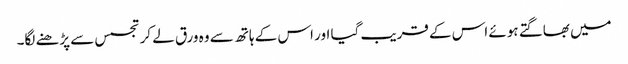
میں بھاگتے ہوئے اس کے قریب گیا اور اس کے ہاتھ سے وہ ورق لے کر تجسس سے پڑھنے لگا۔